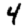
Digit: 4